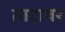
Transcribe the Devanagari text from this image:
ताटावर